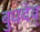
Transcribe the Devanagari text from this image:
बुधदेव्